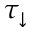
\tau _ { \downarrow }